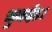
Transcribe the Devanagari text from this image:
भुजदंड।